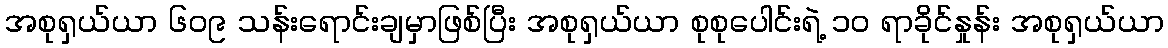
အစုရှယ်ယာ ၆၀၉ သန်းရောင်းချမှာဖြစ်ပြီး အစုရှယ်ယာ စုစုပေါင်းရဲ့ ၁၀ ရာခိုင်နှုန်း အစုရှယ်ယာ